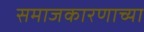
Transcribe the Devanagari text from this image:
समाजकारणाच्या